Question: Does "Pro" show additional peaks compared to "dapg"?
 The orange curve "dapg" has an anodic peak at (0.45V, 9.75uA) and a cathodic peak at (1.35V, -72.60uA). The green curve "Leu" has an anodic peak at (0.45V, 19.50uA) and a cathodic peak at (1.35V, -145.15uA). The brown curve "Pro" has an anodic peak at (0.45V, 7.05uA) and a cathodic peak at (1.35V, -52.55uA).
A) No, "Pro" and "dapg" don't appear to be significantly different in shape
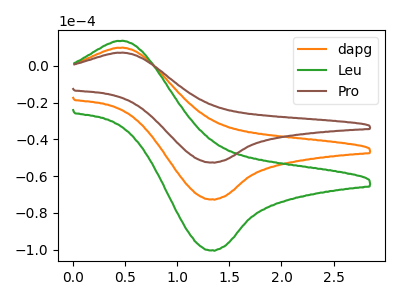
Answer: <think>All the peaks in "Pro" have a peak in "dapg" at the same potential. Every peak in "Pro" is lower than every peak in "dapg".
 </think>
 <answer>A) No, "Pro" and "dapg" don't appear to be significantly different in shape</answer>
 <eval>A</eval>